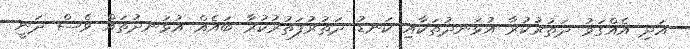
އަދި އެއްގަމު ދަތުރުކުރާ އުޅަނދުތަކާއި ކަނޑު ދަތުރުފަތުރުކުރާ ބައެއް އުޅަނދުތައް ވެސް ދަނީ